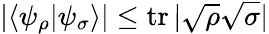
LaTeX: |\langle\psi_{\rho}|\psi_{\sigma}\rangle|\leq\operatorname{tr}|{\sqrt{\rho}}{\sqrt{\sigma}}|